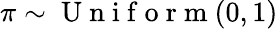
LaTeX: \pi\sim\mathrm{~U~n~i~f~o~r~m~}(0,1)